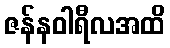
ဇန်နဝါရီလအထိ